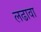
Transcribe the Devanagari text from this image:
लढावा